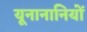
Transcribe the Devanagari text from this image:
यूनानानियों